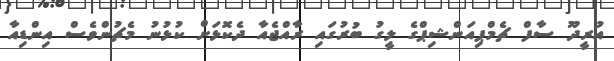
އުރީދޫ ސާފް ޗެމްޕިއަންޝިޕްގެ ލީގު ބުރުގައި ރާއްޖެއާ ދެކޮޅަށް ކުޅުނު މެޗުންވެސް އިންޑިއާ